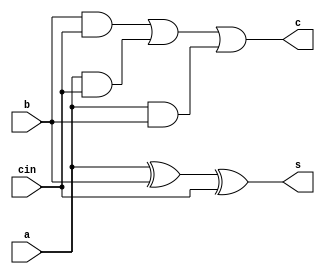
module fa (
  input a,b,cin,
  output s,c
);
  wire s1,t1,t2,t3;
  assign s1 = a^b;
  assign s = s1^cin;
  assign t3 = a&b;
  assign t2 = a&cin;
  assign t1 = b&cin;
  assign c = t1|t2|t3;
endmodule